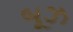
બૂઝ